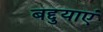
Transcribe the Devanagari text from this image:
बद्दुयाएं